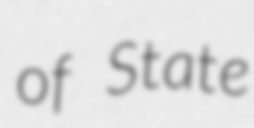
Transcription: of State